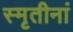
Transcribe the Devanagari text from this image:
स्मृतीनां